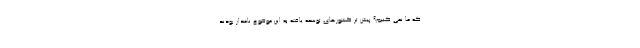
که ما نمی کنیم؟ پیش تر کشورهای توسعه یافته به اين موضوع نامدار بودند